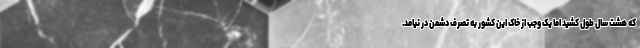
که هشت سال طول کشید اما یک وجب از خاک این کشور به تصرف دشمن در نیامد.